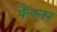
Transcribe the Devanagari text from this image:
फैफ्नर